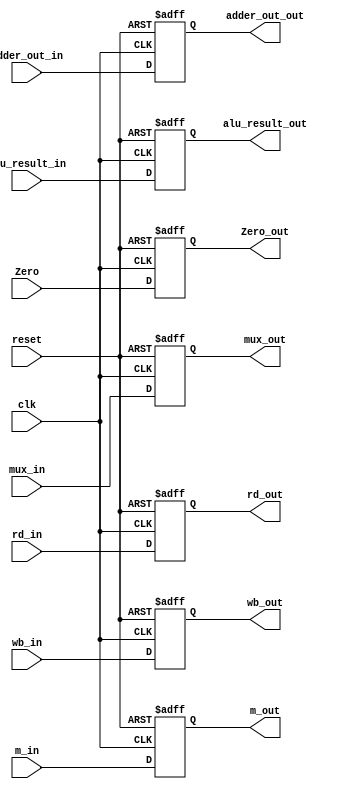
module EX_MEM
(
  input [1:0]wb_in,
  input [2:0]m_in,
  input [63:0]adder_out_in,
  input [63:0]alu_result_in,
  input [63:0]mux_in,
  input [4:0]rd_in,
  input clk,
  input Zero,
  input reset,
  output reg [1:0]wb_out,
  output reg [2:0]m_out,
  output reg [63:0]adder_out_out,
  output reg [63:0]alu_result_out,
  output reg [63:0]mux_out,
  output reg [4:0] rd_out,
  output reg Zero_out
);

always @(posedge clk, posedge reset)
begin
  if (reset)
    begin
      wb_out = 0;
      m_out = 0;
      adder_out_out = 0;
      alu_result_out = 0;
      mux_out = 0;
      rd_out = 0;
      Zero_out = 0;
    end
  else
    begin
      wb_out = wb_in;
      m_out = m_in;
      adder_out_out = adder_out_in;
      alu_result_out = alu_result_in;
      mux_out = mux_in;
      rd_out = rd_in;
      Zero_out = Zero;
    end
end
endmodule